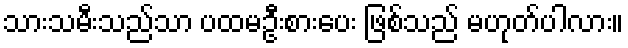
သားသမီးသည်သာ ပထမဦးစားပေး ဖြစ်သည် မဟုတ်ပါလား။